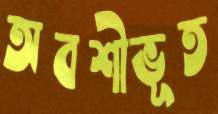
অবশীভূত